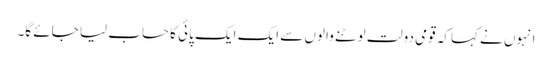
انہوں نے کہاکہ قومی دولت لوٹنے والوں سے ایک ایک پائی کا حساب لیا جائے گا۔